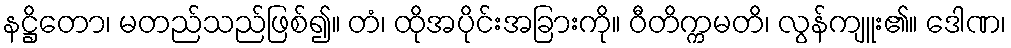
နဋ္ဌိတော၊ မတည်သည်ဖြစ်၍။ တံ၊ ထိုအပိုင်းအခြားကို။ ဝီတိက္ကမတိ၊ လွန်ကျူး၏။ ဒေါဏ၊